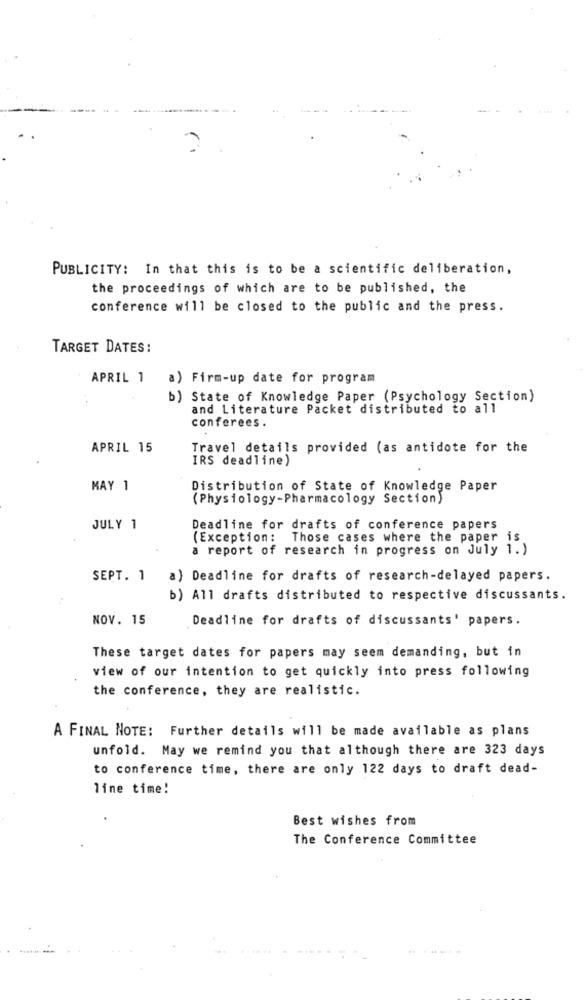
?
PUBLICITY: In that this is to be a scientific deliberation,
the proceedings of which are to be published, the
conference will be closed to the public and the press.
TARGET DATES:
APRIL 1
a) Firm-up date for program
b) State of Knowledge Paper (Psychology Section)
and Literature Packet distributed to all
conferees.
APRIL 15
Travel details provided (as antidote for the
IRS deadline)
MAY 1
Distribution of State of Knowledge Paper
(Physiology-Pharmacology Section)
JULY 1
Deadline for drafts of conference papers
(Exception :
Those cases where the paper is
a report of research in progress on July 1.)
SEPT. 1
a) Deadline for drafts of research-delayed papers.
b) All drafts distributed to respective discussants.
NOV. 15
Deadline for drafts of discussants' papers.
These target dates for papers may seem demanding, but in
view of our intention to get quickly into press following
the conference, they are realistic.
A FINAL NOTE: Further details will be made available as plans
unfold. May we remind you that although there are 323 days
to conference time, there are only 122 days to draft dead-
line time!
Best wishes from
The Conference Committee